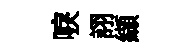
唳詡纈